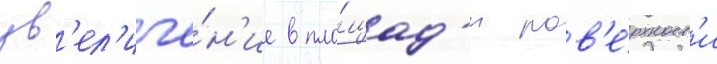
ув'ел'иче́н'ие в пло́щад'и пов'е́рхност'и